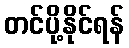
တင်ပို့နိုင်ရန်